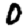
Digit: 0